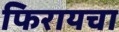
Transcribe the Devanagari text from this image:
फिरायचा